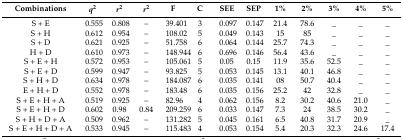
<table><thead><tr><td><b>Combinations</b></td><td><b><i>q</i><sup>2</sup></b></td><td><b><i>r</i><sup>2</sup></b></td><td><b><i>r</i><sup>2</sup></b></td><td><b>F</b></td><td><b>C</b></td><td><b>SEE</b></td><td><b>SEP</b></td><td><b>1%</b></td><td><b>2%</b></td><td><b>3%</b></td><td><b>4%</b></td><td><b>5%</b></td></tr></thead><tbody><tr><td>S + E</td><td>0.555</td><td>0.808</td><td>–</td><td>39.401</td><td>3</td><td>0.097</td><td>0.147</td><td>21.4</td><td>78.6</td><td>_</td><td>_</td><td>_</td></tr><tr><td>S + H</td><td>0.612</td><td>0.954</td><td>–</td><td>108.02</td><td>5</td><td>0.049</td><td>0.143</td><td>15</td><td>85</td><td>_</td><td>_</td><td>_</td></tr><tr><td>S + D</td><td>0.621</td><td>0.925</td><td>–</td><td>51.758</td><td>6</td><td>0.064</td><td>0.144</td><td>25.7</td><td>74.3</td><td>_</td><td>_</td><td>_</td></tr><tr><td>H + D</td><td>0.610</td><td>0.973</td><td>–</td><td>148.944</td><td>6</td><td>0.696</td><td>0.146</td><td>56.4</td><td>43.6</td><td>_</td><td>_</td><td>_</td></tr><tr><td>S + E + H</td><td>0.572</td><td>0.953</td><td>–</td><td>105.061</td><td>5</td><td>0.05</td><td>0.15</td><td>11.9</td><td>35.6</td><td>52.5</td><td>_</td><td>_</td></tr><tr><td>S + E + D</td><td>0.599</td><td>0.947</td><td>–</td><td>93.825</td><td>5</td><td>0.053</td><td>0.145</td><td>13.1</td><td>40.1</td><td>46.8</td><td>_</td><td>_</td></tr><tr><td>S + H + D</td><td>0.634</td><td>0.978</td><td>–</td><td>184.087</td><td>6</td><td>0.035</td><td>0.141</td><td>08</td><td>50.7</td><td>40.4</td><td>_</td><td>_</td></tr><tr><td>E + H + D</td><td>0.552</td><td>0.978</td><td>–</td><td>183.48</td><td>6</td><td>0.035</td><td>0.156</td><td>25.2</td><td>42</td><td>32.8</td><td>_</td><td>_</td></tr><tr><td>S + E + H + A</td><td>0.519</td><td>0.925</td><td>–</td><td>82.96</td><td>4</td><td>0.062</td><td>0.156</td><td>8.2</td><td>30.2</td><td>40.6</td><td>21.0</td><td>_</td></tr><tr><td>S + E + H + D</td><td>0.602</td><td>0.98</td><td>0.84</td><td>209.259</td><td>6</td><td>0.033</td><td>0.147</td><td>7.3</td><td>24</td><td>38.5</td><td>30.2</td><td>_</td></tr><tr><td>S + H + D + A</td><td>0.509</td><td>0.962</td><td>–</td><td>131.282</td><td>5</td><td>0.045</td><td>0.161</td><td>6.5</td><td>40.8</td><td>31.7</td><td>20.9</td><td>_</td></tr><tr><td>S + E + H + D + A</td><td>0.533</td><td>0.945</td><td>–</td><td>115.483</td><td>4</td><td>0.053</td><td>0.154</td><td>5.4</td><td>20.3</td><td>32.3</td><td>24.6</td><td>17.4</td></tr></tbody></table>